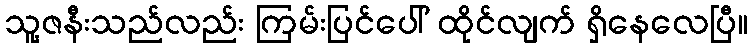
သူ့ဇနီးသည်လည်း ကြမ်းပြင်ပေါ် ထိုင်လျက် ရှိနေလေပြီ။